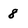
Character: 8